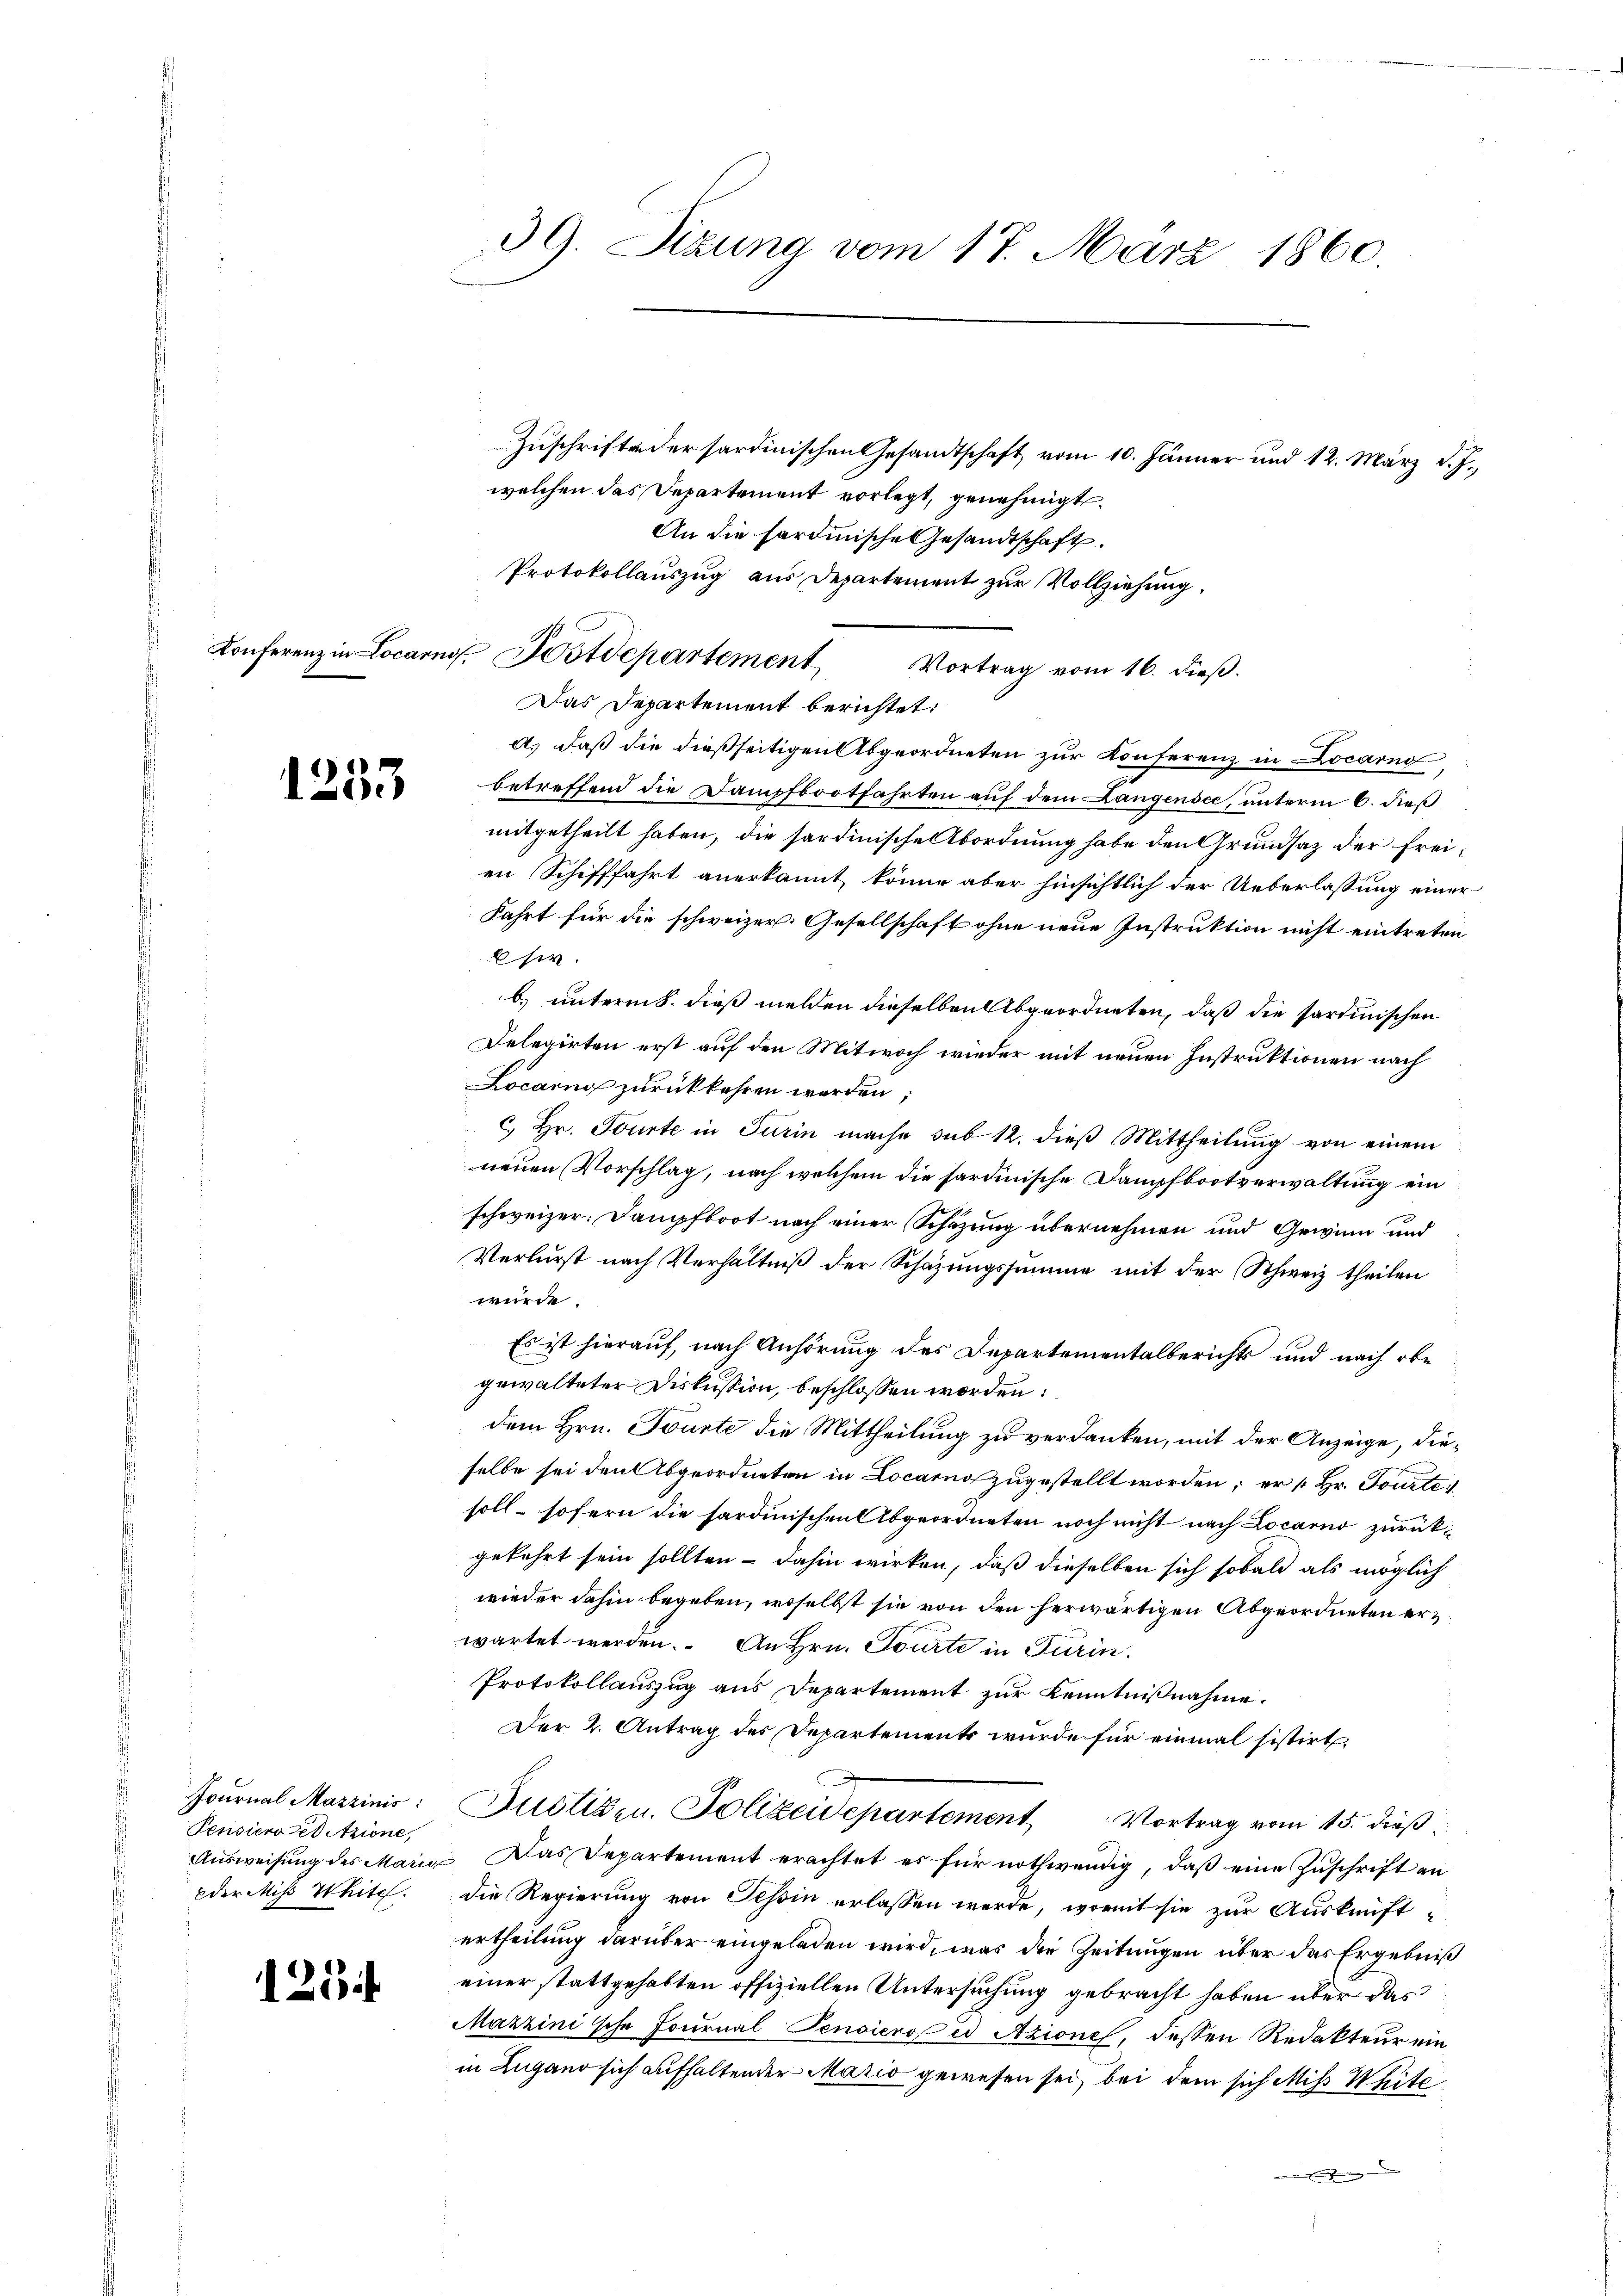
1253

Journal Mazzinis:
Pensiero et tzione,
Ausweisung des Mang
oder Miß White

125

39. Sizung vom 17. März 1860

Zuschrifte der sardinischen Gesandtschaft vom 10. Jänner und 12. März d. J.,
welchen das Departement vorlegt, genehmigt.
An die Sardinische Gesandtschaft.
Protokollauszug aus Departement zur Vollziehung.
Vortrag vom 16. dieß.
Das Departement berichtet:
a. daß die dießseitigen Abgeordneten zur Konferenz in Locarno
betreffend die Dampfbootfahrten auf dem Langensee, unterm 6. dieß
mitgetheilt haben, die sardinische Abordnung habe den Grundsaz der Freien Schifffahrt anerkannt, könne aber hinsichtlich der Ueberlassung einer
Fahrt für die schweizer. Gesellschaft ohne neue Instruktion nicht eintreten
sir.
b) unterm 8. dieß melden dieselben Abgeordneten, daß die sardinischen
Delegirten erst auf den Mitwoch wieder mit neuen Instruktionen nach
Locarno zurückkehren werden;
c. Hr. Tourte in Turin mache sub 12. dieß Mittheilung von einem
neuen Vorschlag, nach welchem die sardinische Dampfbootverwaltung ein
schweizer. Dampfboot nach einer Schazung übernehmen und Gewinn und
Verlurst nach Verhältniß der Schazungssumme mit der Schweiz theilen
würde:
Es ist hierauf, nach Anhörung des Departementalberichts und nach obe
gewalteter Diskussion, beschlossen worden.
dem Hrn. Tourte die Mittheilung zu verdanken, mit der Anzeige, dieselbe sei den Abgeordneten in Locarno zugestellt worden; er [Hr. Tourtei
soll sofern die sardinischen Abgeordneten noch nicht nach Locarno zurückgekehrt sein sollten - dahin wirken, daß dieselben sich sobald als möglich
wieder dahin begeben, irrselbst sie von den herwärtigen Abgeordneten erwartet werden. An Hrn. Tourte in Turin.
Protokollauszug aus Departement zur Kenntnißnahme.
Der 2. Antrag des Departement wurde für einmal sistirt.
Justizen. Polizeidepartement Vortrag vom 15. dieß
Das Departement erachtet es für nothwendig, daß eine Zuschrift an
die Regierung von Tessin erlassen werde, womit sie zur Auskunft-
ertheilung darüber eingeladen wird, was die Zeitungen über das Ergebniß
einer stattgehabten offiziellen Untersuchung gebracht haben über das
Mazzinische Journal Pensiero ed Azione, dessen Redakteur ein
in Lugano sich aufhaltender Mario gewesen sei, bei dem sich Miß White
e

Konferenz in Locarno. Postdepartement